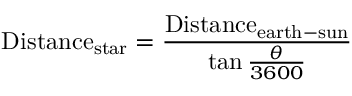
{ \mathrm { D i s t a n c e } } _ { \mathrm { s t a r } } = { \frac { { \mathrm { D i s t a n c e } } _ { \mathrm { e a r t h - s u n } } } { \tan { \frac { \theta } { 3 6 0 0 } } } }